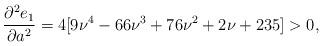
LaTeX: \begin{align*}\frac{\partial^2 e_1}{\partial a^2}&=4 [9\nu^4-66\nu^3+76\nu^2+2\nu+235] >0 ,\end{align*}